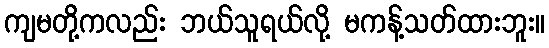
ကျမတို့ကလည်း ဘယ်သူရယ်လို့ မကန့်သတ်ထားဘူး။